Vaccination in Burma 1889-1999 - 1889-1999
Year: 1889
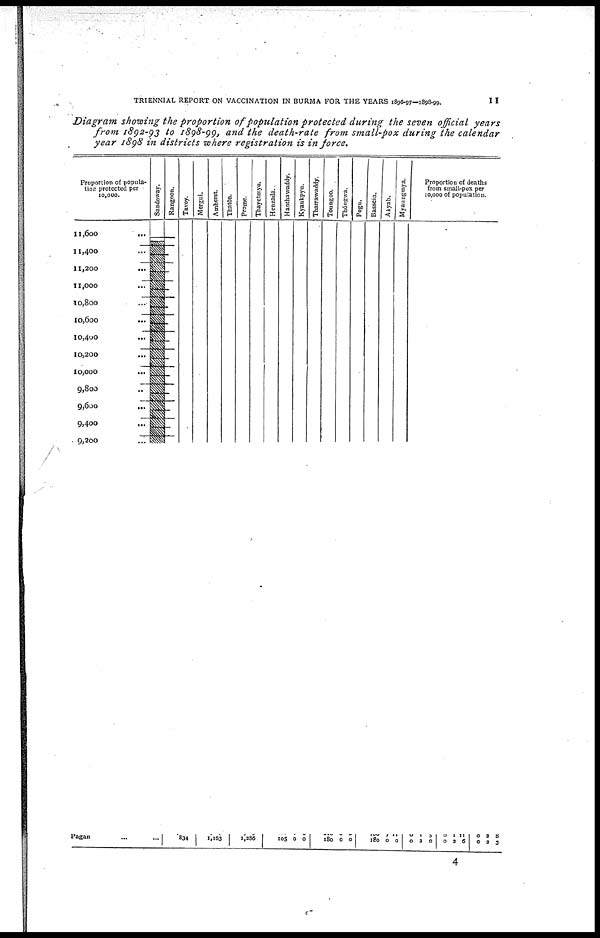
TRIENNIAL REPORT ON VACCINATION IN BURMA FOR THE YEARS 1896-97—1898-99
11
Diagram showing the proportion of population protected during the seven official years
from 1892-93 to 1898-99, and the death-rate from small-pox during the calendar
year 1898 in districts where registration is in force.